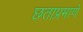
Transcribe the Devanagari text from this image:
छताप्रमाणे